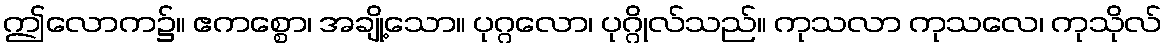
ဤလောက၌။ ဧကစ္စော၊ အချို့သော။ ပုဂ္ဂလော၊ ပုဂ္ဂိုလ်သည်။ ကုသလာ ကုသလေ၊ ကုသိုလ်